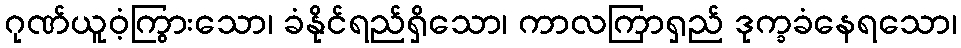
ဂုဏ်ယူဝံ့ကြွားသော၊ ခံနိုင်ရည်ရှိသော၊ ကာလကြာရှည် ဒုက္ခခံနေရသော၊